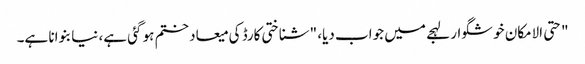
" حتی الامکان خوشگوار لہجے میں جواب دیا، "شناختی کارڈ کی میعاد ختم ہو گئی ہے، نیا بنوانا ہے۔